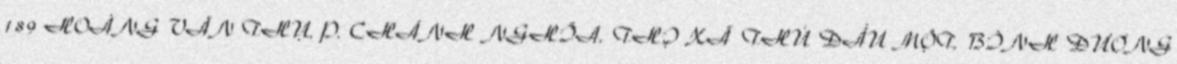
189 HOÀNG VĂN THỤ, P. CHÁNH NGHĨA, THỊ XÃ THỦ DẦU MỘT, BÌNH DƯƠNG